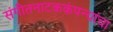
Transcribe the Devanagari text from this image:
संगीतनाटककंपन्यांचा